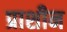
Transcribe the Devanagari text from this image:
प्राशीन